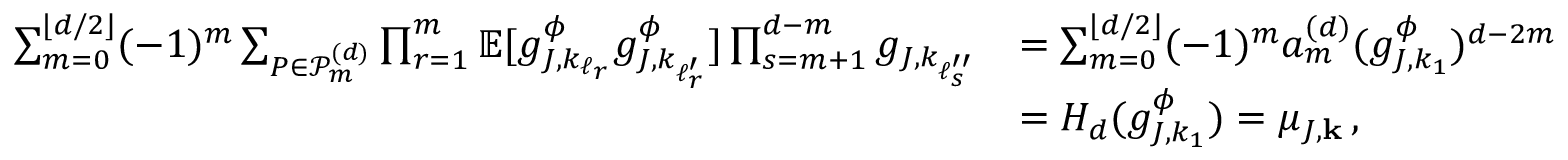
\begin{array} { r l } { \sum _ { m = 0 } ^ { \lfloor d / 2 \rfloor } ( - 1 ) ^ { m } \sum _ { P \in \mathcal { P } _ { m } ^ { ( d ) } } \prod _ { r = 1 } ^ { m } \mathbb { E } [ g _ { J , k _ { \ell _ { r } } } ^ { \phi } g _ { J , k _ { \ell _ { r } ^ { \prime } } } ^ { \phi } ] \prod _ { s = m + 1 } ^ { d - m } g _ { J , k _ { \ell _ { s } ^ { \prime \prime } } } } & { = \sum _ { m = 0 } ^ { \lfloor d / 2 \rfloor } ( - 1 ) ^ { m } a _ { m } ^ { ( d ) } ( g _ { J , k _ { 1 } } ^ { \phi } ) ^ { d - 2 m } } \\ & { = H _ { d } ( g _ { J , k _ { 1 } } ^ { \phi } ) = \mu _ { J , \mathbf { k } } \, , } \end{array}